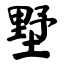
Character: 墅